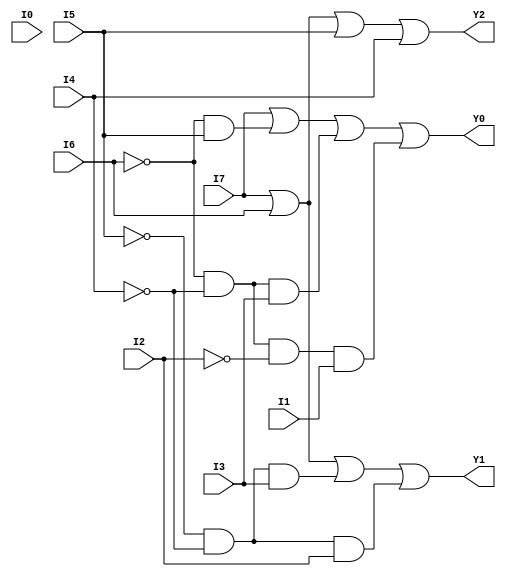
//Gate-level description of Encoder with priority
//See example 9-6
module top(Y0,Y1,Y2,I0,I1,I2,I3,I4,I5,I6,I7);
input I0,I1,I2,I3,I4,I5,I6,I7;
output Y0,Y1,Y2;
wire nI2,nI4,nI5,nI6;
wire and1,and2,and3,and4,and5;
not(nI2,I2);
not(nI4,I4);
not(nI5,I5);
not(nI6,I6);
and(and1,nI5,nI4,I3);
and(and2,nI5,nI4,I2);
and(and3,nI6,I5);
and(and4,nI6,nI4,I3);
and(and5,nI6,nI4,nI2,I1);
or(Y2,I7,I6,I5,I4);
or(Y1,I7,I6,and1,and2);
or(Y0,I7,and3,and4,and5);
endmodule